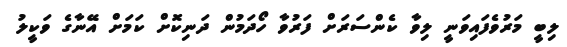
ލިބީ މަރުވެފައިވަނީ ލިވާ ކެންސަރަށް ފަރުވާ ހޯދަމުން ދަނިކޮށް ކަމަށް އޭނާގެ ވަކީލު